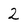
Character: 2